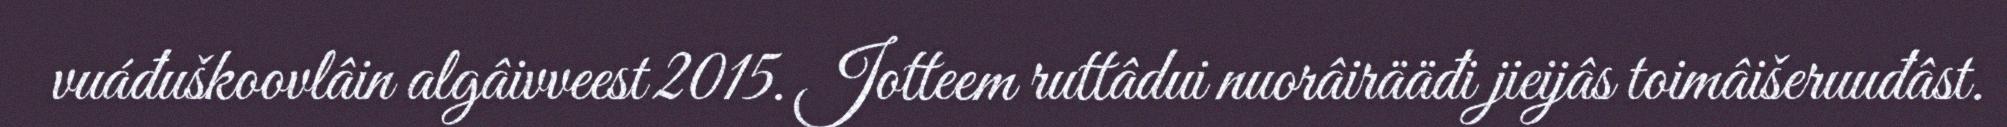
vuáđuškoovlâin algâivveest 2015. Jotteem ruttâdui nuorâirääđi jieijâs toimâišeruuđâst.